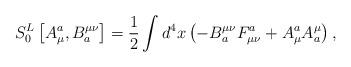
LaTeX: \begin{align*}S_0^L\left[ A_\mu ^a,B_a^{\mu \nu }\right] =\frac 12\int d^4x\left(-B_a^{\mu \nu }F_{\mu \nu }^a+A_\mu ^aA_a^\mu \right) ,\end{align*}